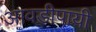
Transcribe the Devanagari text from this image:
आवडीपायी